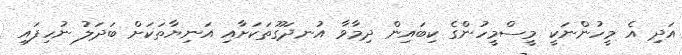
އަދި އެ މީހުންނަކީ މީސްމީހުންގެ ކިބައިން ދިމާވާ އުނދަގޫތަކަށާއި އަނިޔާތަކަށް ބަދަލު ނުހިފައި